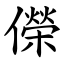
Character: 儝